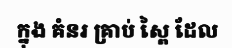
ក្នុង គំនរ គ្រាប់ ស្ពៃ ដែល